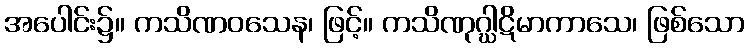
အပေါင်း၌။ ကသိဏဝသေန၊ ဖြင့်။ ကသိဏုဂ္ဃါဋိမာကာသေ၊ ဖြစ်သော